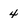
Character: 4